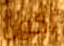
أكون